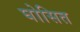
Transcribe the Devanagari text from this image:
घोसित